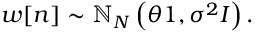
w [ n ] \sim \mathbb { N } _ { N } \left( \theta { \boldsymbol { 1 } } , \sigma ^ { 2 } { \boldsymbol { I } } \right) .